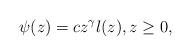
LaTeX: \begin{align*} \psi(z)= c z^\gamma l(z),z\geq 0,\end{align*}